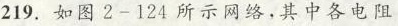
219.如图2-124所示网络，其中各电阻